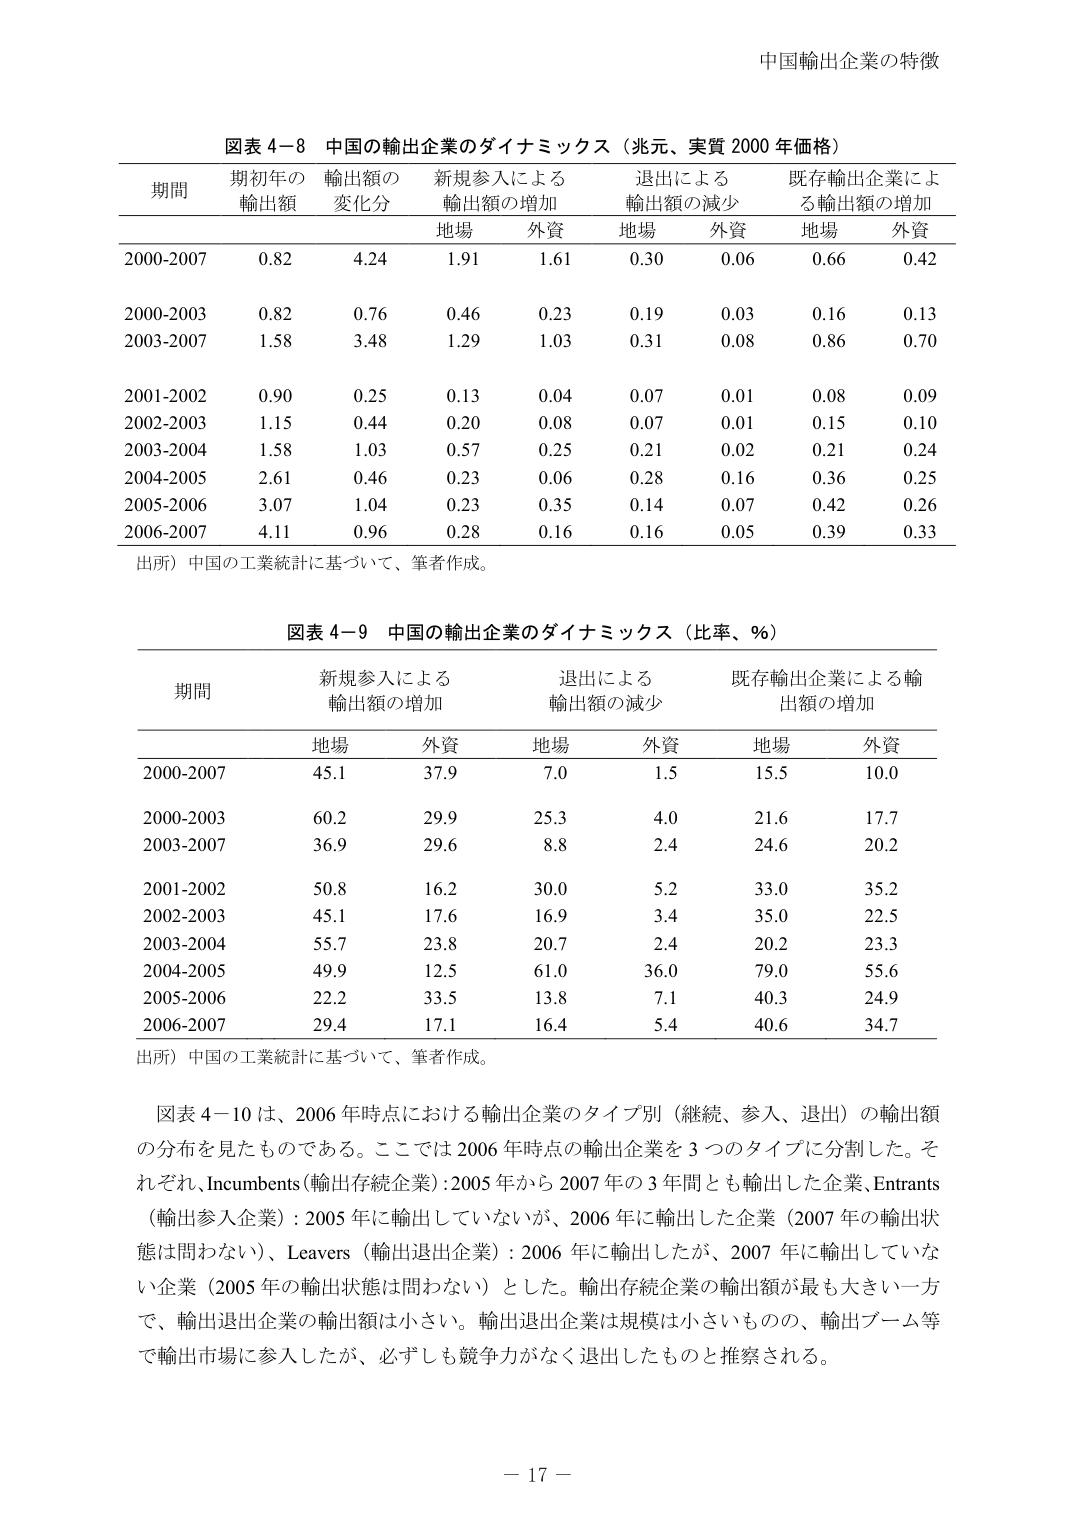
中国輸出企業の特徴

図表 4-8 中国の輸出企業のダイナミックス（兆元、実質 2000 年価格）

期間 期初年の 輸出額の 新規参入による 退出による 既存輸出企業によ
      輸出額 変化分 輸出額の増加 輸出額の減少 る輸出額の増加
            地場 外資 地場 外資 地場 外資

2000-2007 0.82 4.24 1.91 1.61 0.30 0.06 0.66 0.42

2000-2003 0.82 0.76 0.46 0.23 0.19 0.03 0.16 0.13
2003-2007 1.58 3.48 1.29 1.03 0.31 0.08 0.86 0.70

2001-2002 0.90 0.25 0.13 0.04 0.07 0.01 0.08 0.09
2002-2003 1.15 0.44 0.20 0.08 0.07 0.01 0.15 0.10
2003-2004 1.58 1.03 0.57 0.25 0.21 0.02 0.21 0.24
2004-2005 2.61 0.46 0.23 0.06 0.28 0.16 0.36 0.25
2005-2006 3.07 1.04 0.23 0.35 0.14 0.07 0.42 0.26
2006-2007 4.11 0.96 0.28 0.16 0.16 0.05 0.39 0.33

出所）中国の工業統計に基づいて、筆者作成。

図表 4-9 中国の輸出企業のダイナミックス（比率、％）

期間 新規参入による 退出による 既存輸出企業による輸
     輸出額の増加 輸出額の減少 出額の増加
         地場 外資 地場 外資 地場 外資

2000-2007 45.1 37.9 7.0 1.5 15.5 10.0

2000-2003 60.2 29.9 25.3 4.0 21.6 17.7
2003-2007 36.9 29.6 8.8 2.4 24.6 20.2

2001-2002 50.8 16.2 30.0 5.2 33.0 35.2
2002-2003 45.1 17.6 16.9 3.4 35.0 22.5
2003-2004 55.7 23.8 20.7 2.4 20.2 23.3
2004-2005 49.9 12.5 61.0 36.0 79.0 55.6
2005-2006 22.2 33.5 13.8 7.1 40.3 24.9
2006-2007 29.4 17.1 16.4 5.4 40.6 34.7

出所）中国の工業統計に基づいて、筆者作成。

図表 4-10 は、2006 年時点における輸出企業のタイプ別（継続、参入、退出）の輸出額
の分布を見たものである。ここでは 2006 年時点の輸出企業を 3 つのタイプに分割した。そ
れぞれ、Incumbents（輸出存続企業）：2005 年から 2007 年の 3 年間とも輸出した企業、Entrants
（輸出参入企業）：2005 年に輸出していないが、2006 年に輸出した企業（2007 年の輸出状
態は問わない）、Leavers（輸出退出企業）：2006 年に輸出したが、2007 年に輸出していな
い企業（2005 年の輸出状態は問わない）とした。輸出存続企業の輸出額が最も大きい一方
で、輸出退出企業の輸出額は小さい。輸出退出企業は規模は小さいものの、輸出ブーム等
で輸出市場に参入したが、必ずしも競争力がなく退出したものと推察される。

－ 17 －